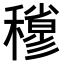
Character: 𥣀